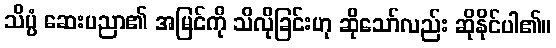
သိပ္ပံ ဆေးပညာ၏ အမြင်ကို သိလိုခြင်းဟု ဆိုသော်လည်း ဆိုနိုင်ပါ၏။